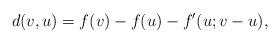
LaTeX: \begin{align*} d(v,u)=f(v)-f(u)-f'(u;v-u),\end{align*}